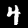
Digit: 4